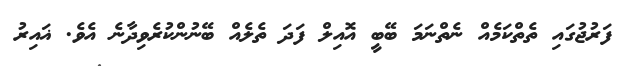
ފަރުޖުގައި ތެތްކަމެއް ނެތްނަމަ ބޭބީ އޮއިލް ފަދަ ތެލެއް ބޭނުންކުރެވިދާނެ އެވެ. ޣައިރު